画像に写った文字を読んでください
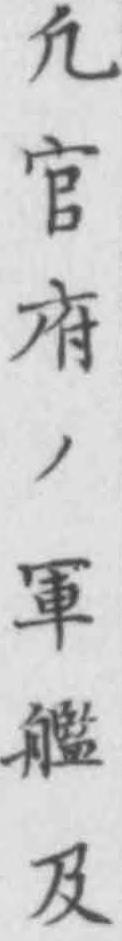
「凢官府ノ軍艦及」と書いてあります